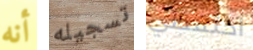
أنه تسجيله احتفظي